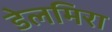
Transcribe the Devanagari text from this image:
डेलमिरा